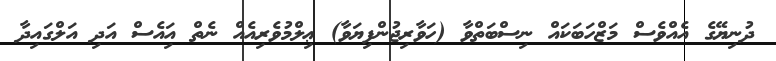
ދުނިޔޭގެ އެއްވެސް މަޒްހަބަކައް ނިސްބަތްވާ (ހަވާރިޖުންފިޔަވާ) ޢިލްމުވެރިއެއް ނެތް އަިއެސް އަދި އަލްގައިދާ